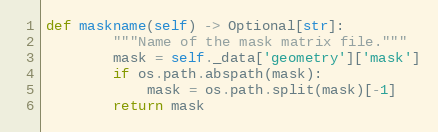
Language: Python
def maskname(self) -> Optional[str]:
        """Name of the mask matrix file."""
        mask = self._data['geometry']['mask']
        if os.path.abspath(mask):
            mask = os.path.split(mask)[-1]
        return mask